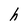
Character: h